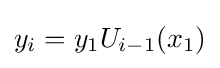
y_{i}=y_{1}U_{i-1}(x_{1})